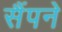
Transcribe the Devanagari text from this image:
सैंपने